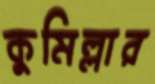
কুমিল্লার